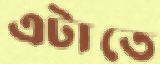
এটাতে